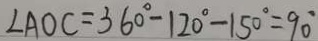
\angle A O C = 3 6 0 ^ { \circ } - 1 2 0 ^ { \circ } - 1 5 0 ^ { \circ } = 9 0 ^ { \circ }